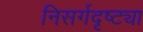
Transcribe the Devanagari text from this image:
निसर्गदृष्ट्या